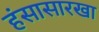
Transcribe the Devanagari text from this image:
हंसासारखा